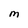
Character: M